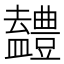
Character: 𭾖